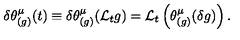
\delta \theta _ { ( g ) } ^ { \mu } ( t ) \equiv \delta \theta _ { ( g ) } ^ { \mu } ( { \cal L } _ { t } g ) = { \cal L } _ { t } \left( \theta _ { ( g ) } ^ { \mu } ( \delta g ) \right) .